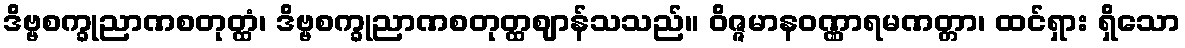
ဒိဗ္ဗစက္ခုညာဏစတုတ္ထံ၊ ဒိဗ္ဗစက္ခုညာဏစတုတ္ထဈာန်သသည်။ ဝိဇ္ဇမာနဝဏ္ဏာရမဏတ္တာ၊ ထင်ရှား ရှိသော